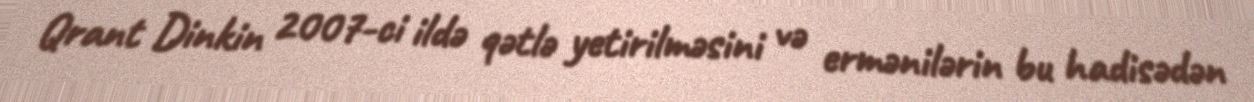
Qrant Dinkin 2007-ci ildə qətlə yetirilməsini və ermənilərin bu hadisədən